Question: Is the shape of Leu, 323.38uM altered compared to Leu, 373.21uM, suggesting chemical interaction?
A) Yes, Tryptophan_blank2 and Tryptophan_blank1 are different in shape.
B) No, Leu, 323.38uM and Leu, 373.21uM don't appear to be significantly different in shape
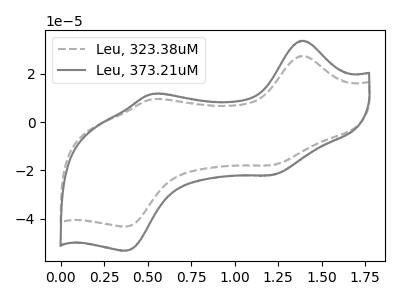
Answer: <think>The gray dashed curve "Leu, 323.38uM" has anodic peaks at (1.40V, 27.40uA) (0.55V, 9.50uA) and cathodic peaks at (1.20V, -17.80uA) (0.40V, -43.35uA). The gray curve "Leu, 373.21uM" has anodic peaks at (1.40V, 33.70uA) (0.55V, 11.70uA) and cathodic peaks at (1.20V, -21.90uA) (0.40V, -53.35uA).
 All the peaks in "Leu, 323.38uM" have a peak in "Leu, 373.21uM" at the same potential. Every peak in "Leu, 323.38uM" is lower than every peak in "Leu, 373.21uM".</think>
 <answer>B) No, "Leu, 323.38uM" and "Leu, 373.21uM" don't appear to be significantly different in shape</answer>
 <eval>B</eval>